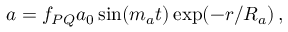
a = f _ { P Q } a _ { 0 } \sin ( m _ { a } t ) \exp ( - r / R _ { a } ) \, ,